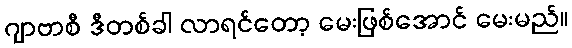
ဂျာဗာစီ ဒီတစ်ခါ လာရင်တော့ မေးဖြစ်အောင် မေးမည်။